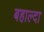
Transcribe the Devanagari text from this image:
बहाल्दा